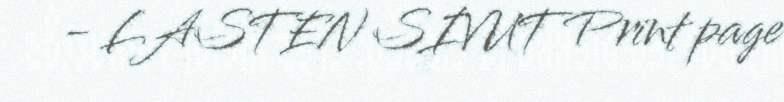
- LASTEN SIVUT Print page